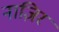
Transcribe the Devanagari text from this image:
नाज़िर